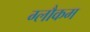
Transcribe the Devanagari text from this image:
ग्लौकम